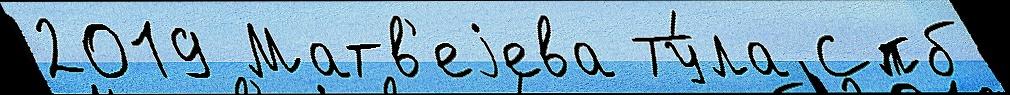
2019 Матв'еjева Ту́ла Спб